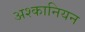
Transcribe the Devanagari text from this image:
अश्कानियन